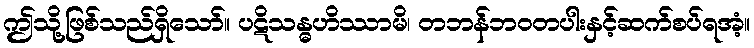
ဤသို့ဖြစ်သည်ရှိသော်။ ပဋိသန္ဓဟိဿာမိ၊ တဘန်ဘဝတပါးနှင့်ဆက်စပ်ရအံ့။